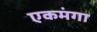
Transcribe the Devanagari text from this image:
एकमंगा